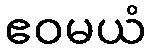
ဧဝမယံ